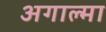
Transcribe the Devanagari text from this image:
अगाल्मा